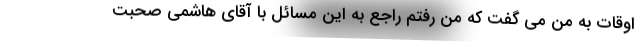
اوقات به من می گفت که من رفتم راجع به این مسائل با آقای هاشمی صحبت